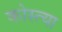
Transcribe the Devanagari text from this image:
कोस्त्या